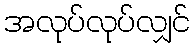
အလုပ်လုပ်လျှင်